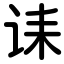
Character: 诔